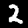
Label: 2